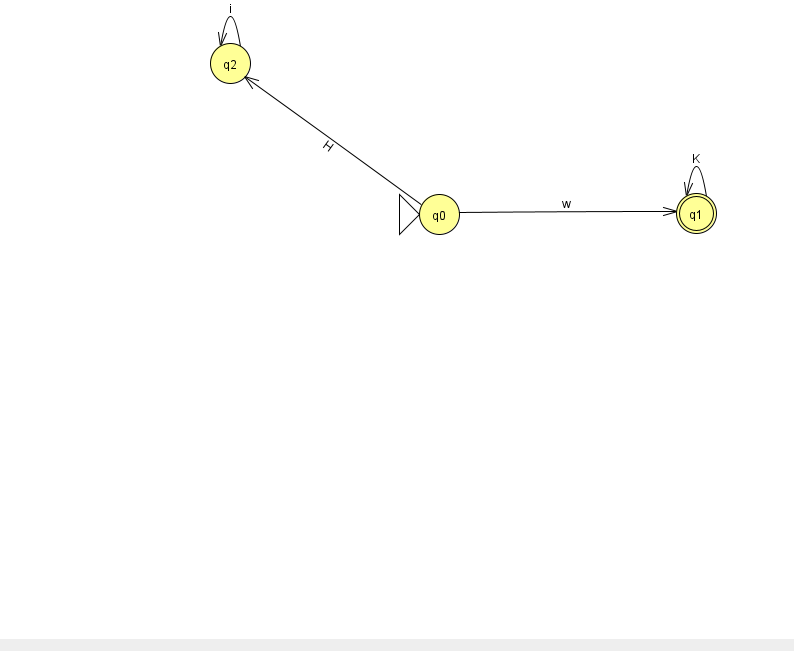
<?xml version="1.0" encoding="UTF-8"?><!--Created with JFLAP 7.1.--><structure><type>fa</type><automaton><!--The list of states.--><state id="0" name="q0"><x>439.0</x><y>201.0</y><initial/></state><state id="1" name="q1"><x>696.0</x><y>200.0</y><final/></state><state id="2" name="q2"><x>230.0</x><y>50.0</y></state><!--The list of transitions.--><transition><from>2</from><to>2</to><read>i</read></transition><transition><from>0</from><to>2</to><read>H</read></transition><transition><from>0</from><to>1</to><read>w</read></transition><transition><from>1</from><to>1</to><read>K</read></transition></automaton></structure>